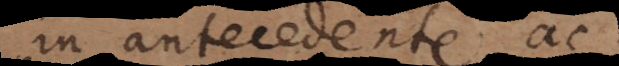
in antecedente; ac